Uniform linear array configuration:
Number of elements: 16
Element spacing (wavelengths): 0.75
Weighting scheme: blackman
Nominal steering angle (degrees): -15
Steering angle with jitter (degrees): -16.607
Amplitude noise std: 0.05
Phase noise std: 0.05

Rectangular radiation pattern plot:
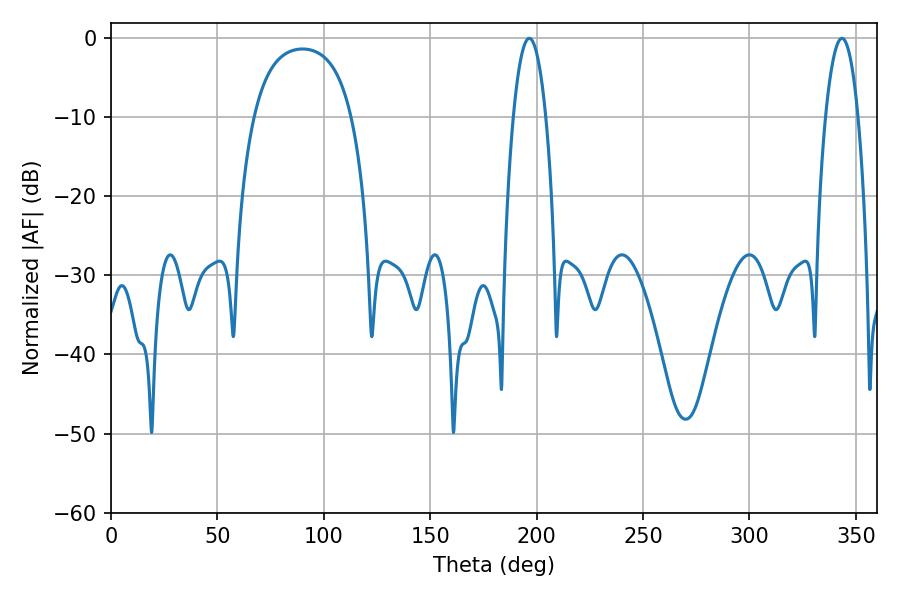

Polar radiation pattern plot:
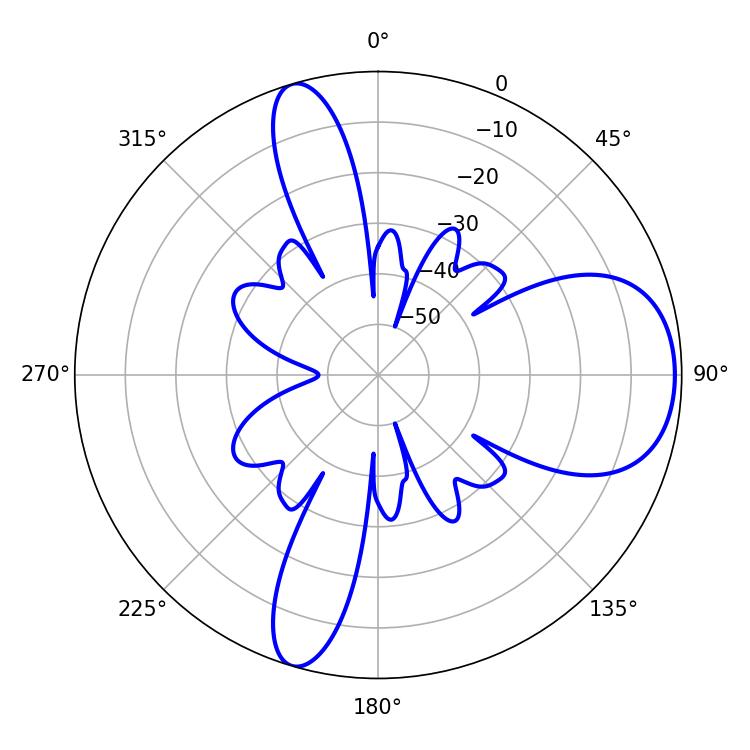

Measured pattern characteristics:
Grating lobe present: TRUE
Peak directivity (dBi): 8.225
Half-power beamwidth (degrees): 8.46
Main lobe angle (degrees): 196.56